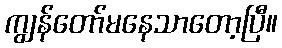
ကျွန်တော်မနေသာတော့ပြီ။